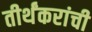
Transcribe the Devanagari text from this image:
तीर्थंकरांची